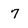
Character: 7